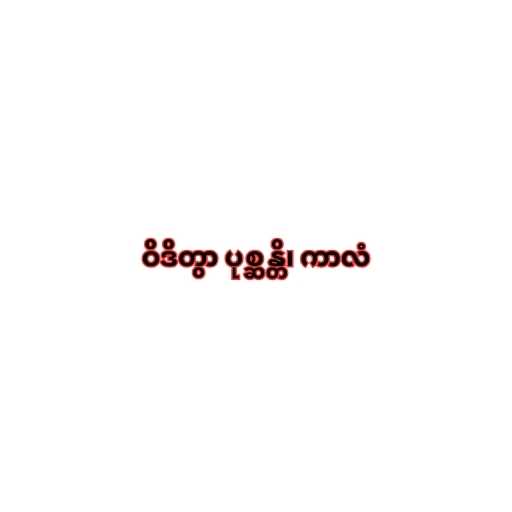
ဝိဒိတွာ ပုစ္ဆန္တိ၊ ကာလံ